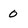
Character: 0